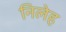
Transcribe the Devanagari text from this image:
निलेह